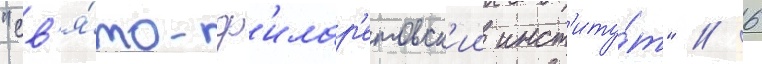
"св'я́то-ф'илар'етовск'ии инст'иту́т" // 6